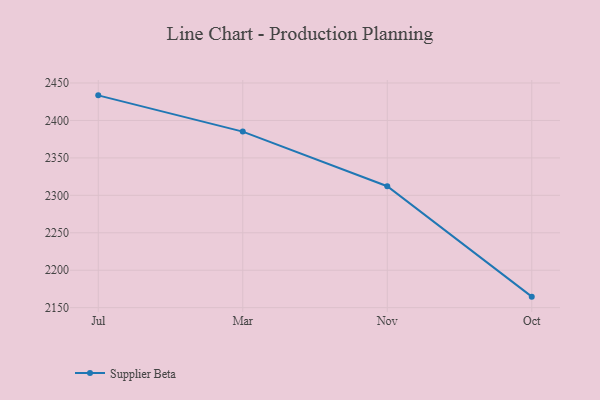
{"axis": {"x": "Month", "y": "Revenue (USD Million)"}, "legend": ["Supplier Beta"], "data": [{"x": "Jul", "y": 2433.5, "type": "Supplier Beta"}, {"x": "Mar", "y": 2385.1, "type": "Supplier Beta"}, {"x": "Nov", "y": 2312.2, "type": "Supplier Beta"}, {"x": "Oct", "y": 2164.7, "type": "Supplier Beta"}]}